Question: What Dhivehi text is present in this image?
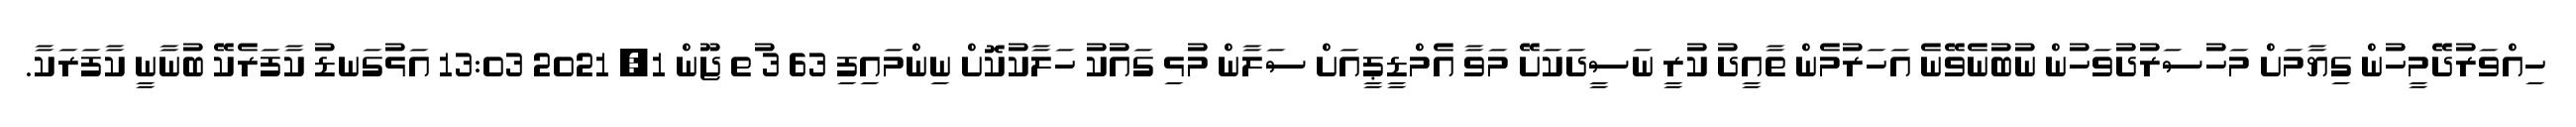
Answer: ހިއްވަރުދޭމީހުން ގިޔާމަށް މަހުސަރުދުވަހުން ނުބުނެވޭނެ އަހަރުމެން ތާއީދު ކުރީ ނަސީދަކަށޭ މަވާ އެމްޑީޕީއަށް ސަލާން މުޅި ގައުކު ހަލާކުކޮށް ނިންމައިފި 63 3 ުތ ޖޫން 1, 2021 13:03 އަޅުގަނޑު ކާފަރެކޭ ބުނާނީ ކާފަރަކާ.